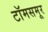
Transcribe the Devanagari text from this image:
टॉमसमूर